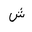
Letter: _shin